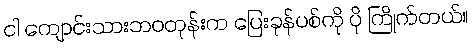
ငါ ကျောင်းသားဘဝတုန်းက ပြေးခုန်ပစ်ကို ပို ကြိုက်တယ်။